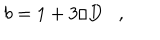
LaTeX: b = 1 + 3 / D \, \, \, \, \, , \, \, \, \, \,